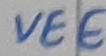
Text: VEE